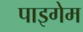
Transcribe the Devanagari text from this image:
पाइगेम